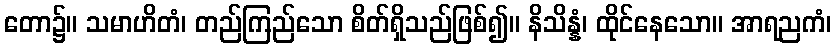
တော၌။ သမာဟိတံ၊ တည်ကြည်သော စိတ်ရှိသည်ဖြစ်၍။ နိသိန္နံ၊ ထိုင်နေသော။ အာရညကံ၊